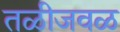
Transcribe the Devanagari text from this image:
तळीजवळ